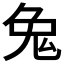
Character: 𪞁